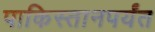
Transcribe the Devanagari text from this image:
पाकिस्तानपर्यंत